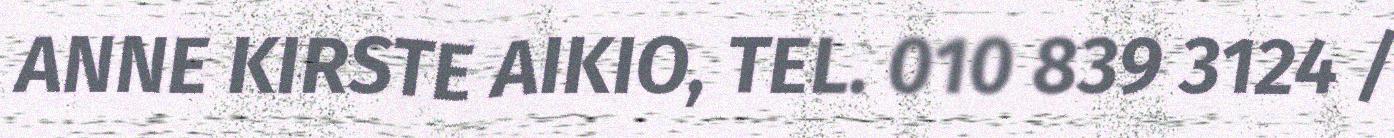
ANNE KIRSTE AIKIO, TEL. 010 839 3124 /